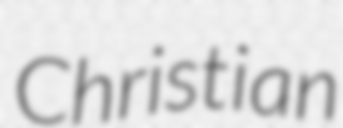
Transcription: Christian